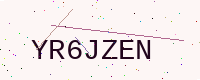
Text: YR6JZEN